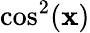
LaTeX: \cos^{2}(\mathbf{x})